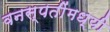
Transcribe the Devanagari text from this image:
वनस्पतींमध्यी